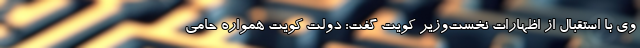
وی با استقبال از اظهارات نخست‌وزیر کویت گفت: دولت کویت همواره حامی